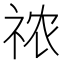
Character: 𰧾